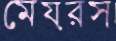
মেয়রস